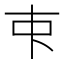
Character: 𬺿